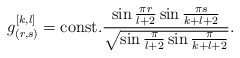
\begin{align*}g_{(r,s)}^{[k,l]}={\rm const.}{\sin{\pi r\over{l+2}}\sin{\pi s\over{k+l+2}}\over{\sqrt{\sin{\pi\over{l+2}}\sin{\pi\over{k+l+2}}}}}.\end{align*}